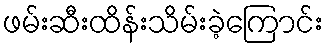
ဖမ်းဆီးထိန်းသိမ်းခဲ့ကြောင်း